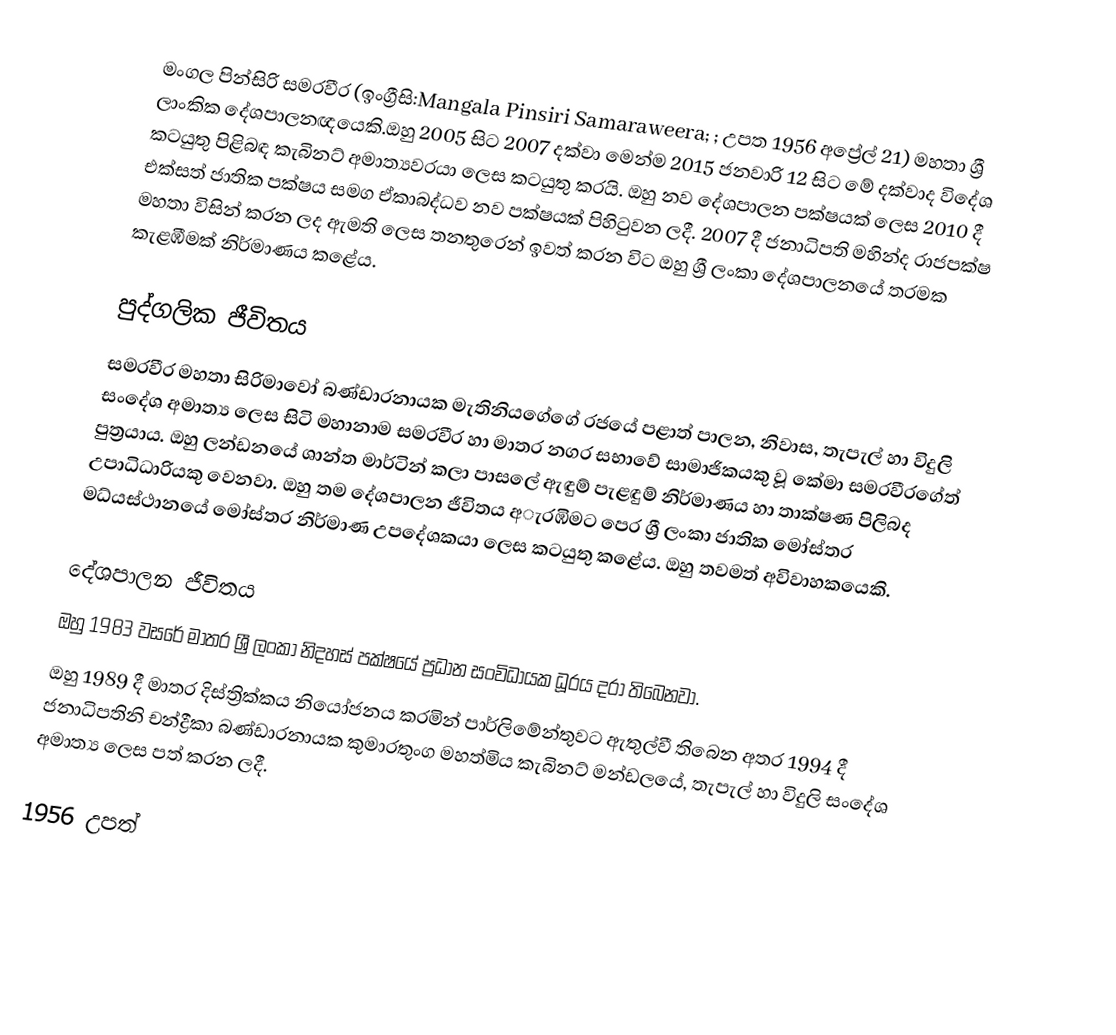
මංගල පින්සිරි සමරවීර (ඉංග්‍රීසි:Mangala Pinsiri Samaraweera; ; උපත 1956 අප්‍රේල් 21) මහතා ශ්‍රී ලාංකික දේශපාලනඥයෙකි.ඔහු 2005 සිට 2007 දක්වා මෙන්ම 2015 ජනවාරි 12 සිට මේ දක්වාද විදේශ කටයුතු පිළිබඳ කැබිනට් අමාත්‍යවරයා ලෙස කටයුතු කරයි. ඔහු නව දේශපාලන පක්ෂයක් ලෙස 2010 දී එක්සත් ජාතික පක්ෂය සමග ඒකාබද්ධව නව පක්ෂයක් පිහිටුවන ලදී. 2007 දී ජනාධිපති මහින්ද රාජපක්ෂ මහතා විසින් කරන ලද ඇමති ලෙස තනතුරෙන් ඉවත් කරන විට ඔහු ශ්‍රී ලංකා දේශපාලනයේ තරමක කැළඹීමක් නිර්මාණය කළේය.

පුද්ගලික ජීවිතය
සමරවීර මහතා සිරිමාවෝ බණ්ඩාරනායක මැතිනියගේගේ රජයේ පළාත් පාලන, නිවාස, තැපැල් හා විදුලි සංදේශ අමාත්‍ය ලෙස සිටි මහානාම සමරවීර හා මාතර නගර සභාවේ සාමාජිකයකු වූ කේමා සමරවීරගේත් පුත්‍රයාය. ඔහු ලන්ඩනයේ ශාන්ත මාර්ටින් කලා පාසලේ ඇඳුම් පැළඳුම් නිර්මාණය හා තාක්ෂණ පිලිබද උපාධිධාරියකු වෙනවා. ඔහු තම දේශපාලන ජීවිතය අැරඹිමට පෙර ශ්‍රී ලංකා ජාතික මෝස්තර මධ්යස්ථානයේ මෝස්තර නිර්මාණ උපදේශකයා ලෙස කටයුතු කළේය. ඔහු තවමත් අවිවාහකයෙකි.

දේශපාලන ජීවිතය
ඔහු 1983 වසරේ මාතර ශ්‍රී ලංකා නිදහස් පක්ෂයේ ප්‍රධාන සංවිධායක ධූරය දරා තිබෙනවා.
ඔහු 1989 දී මාතර දිස්ත්‍රික්කය නියෝජනය කරමින් පාර්ලිමේන්තුවට ඇතුල්වී තිබෙන අතර 1994 දී ජනාධිපතිනි චන්ද්‍රීකා බණ්ඩාරනායක කුමාරතුංග මහත්මිය කැබිනට් මන්ඩලයේ, තැපැල් හා විදුලි සංදේශ අමාත්‍ය ලෙස පත් කරන ලදී.

1956 උපත්